Tezpur Lunatic Asylum reports 1877-1894 - 1877-1894
Year: 1877
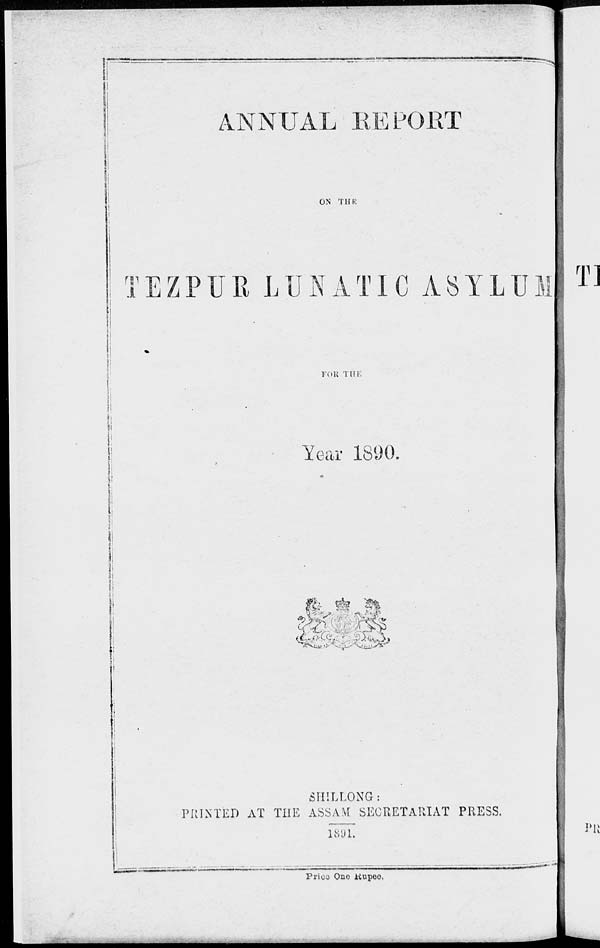
I
ANNUAL KEPOPvT
ON THE
m EZPUR LUNATIC ASYLUM! T]
FOR TIIF.
Year 1890.
.
;
1
tfe ^. $i
SHILLONG:
PRINTED AT THE ASSAM SECRETARIAT PRESS.
1891.
Prico One Jtiupeo.